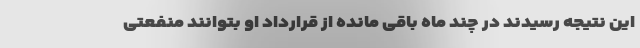
این نتیجه رسیدند در چند ماه باقی مانده از قرارداد او بتوانند منفعتی